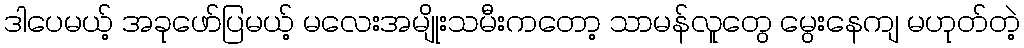
ဒါပေမယ့် အခုဖော်ပြမယ့် မလေးအမျိုးသမီးကတော့ သာမန်လူတွေ မွေးနေကျ မဟုတ်တဲ့